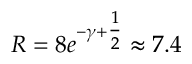
R = 8 e ^ { - \gamma + { \textstyle { \frac { 1 } { 2 } } } } \approx 7 . 4